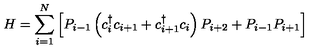
H = \sum _ { i = 1 } ^ { N } \left[ P _ { i - 1 } \left( c _ { i } ^ { \dagger } c _ { i + 1 } + c _ { i + 1 } ^ { \dagger } c _ { i } \right) P _ { i + 2 } + P _ { i - 1 } P _ { i + 1 } \right]